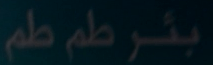
بُئر، طم طم